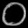
Digit: ၀